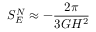
S _ { E } ^ { N } \approx - { \frac { 2 \pi } { 3 G H ^ { 2 } } }